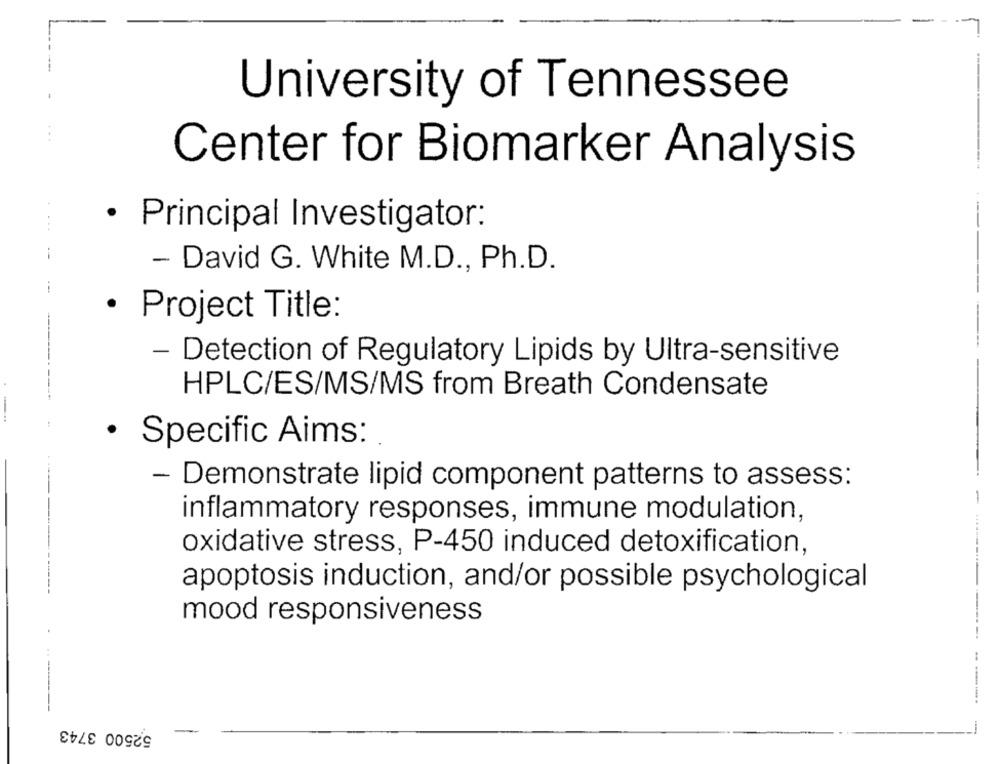
University of Tennessee
Center for Biomarker Analysis
· Principal Investigator:
-
i
- David G. White M.D ., Ph.D.
· Project Title:
--
- Detection of Regulatory Lipids by Ultra-sensitive
--
HPLC/ES/MS/MS from Breath Condensate
-----
· Specific Aims:
- Demonstrate lipid component patterns to assess:
inflammatory responses, immune modulation,
oxidative stress, P-450 induced detoxification,
apoptosis induction, and/or possible psychological
mood responsiveness
--------------.
--
52500 3743
-